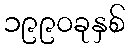
၁၉၉၀ခုနှစ်